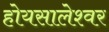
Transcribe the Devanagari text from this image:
होयसालेश्वर